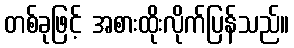
တစ်ခုဖြင့် အစားထိုးလိုက်ပြန်သည်။